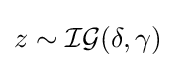
z\sim {\mathcal {IG}}(\delta ,\gamma )